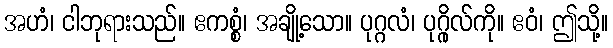
အဟံ၊ ငါဘုရားသည်။ ဧကစ္စံ၊ အချို့သော။ ပုဂ္ဂလံ၊ ပုဂ္ဂိုလ်ကို။ ဧဝံ၊ ဤသို့။